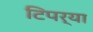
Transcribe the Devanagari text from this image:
टिपर्‍या